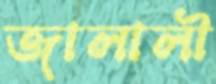
জালালী